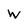
Character: w